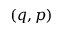
\left( q , p \right)